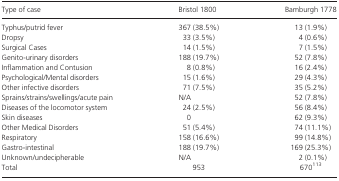
| Type of case | Bristol 1800 | Bamburgh 1778 |
 | --- | --- | --- |
 | Typhus/putrid fever | 367 (38.5%) | 13 (1.9%) |
 | Dropsy | 33 (3.5%) | 4 (0.6%) |
 | Surgical Cases | 14 (1.5%) | 7 (1.5%) |
 | Genito-urinary disorders | 188 (19.7%) | 52 (7.8%) |
 | Inflammation and Contusion | 8 (0.8%) | 16 (2.4%) |
 | Psychological/Mental disorders | 15 (1.6%) | 29 (4.3%) |
 | Other infective disorders | 71 (7.5%) | 35 (5.2%) |
 | Sprains/strains/swellings/acute pain | N/A | 52 (7.8%) |
 | Diseases of the locomotor system | 24 (2.5%) | 56 (8.4%) |
 | Skin diseases | 0 | 62 (9.3%) |
 | Other Medical Disorders | 51 (5.4%) | 74 (11.1%) |
 | Respiratory | 158 (16.6%) | 99 (14.8%) |
 | Gastro-intestinal | 188 (19.7%) | 169 (25.3%) |
 | Unknown/undecipherable | N/A | 2 (0.1%) |
 | Total | 953 | 670113 |